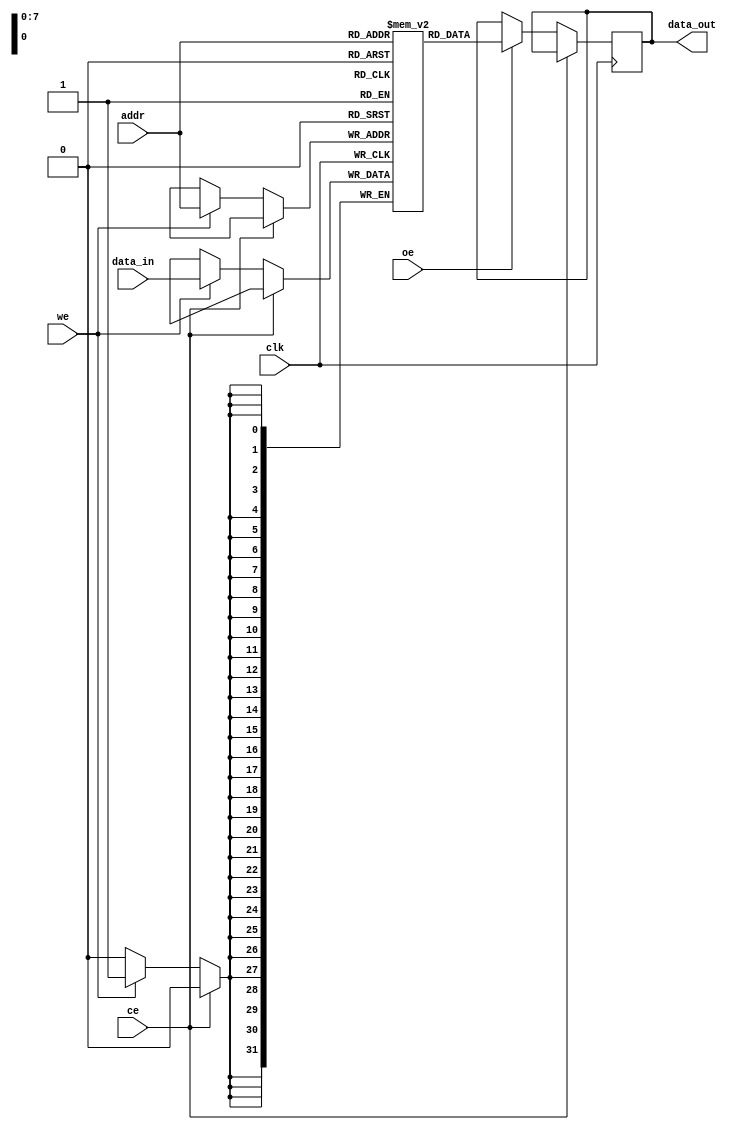
module TCSM #(
    parameter MEM_SIZE = 256, // Number of words
    parameter WORD_SIZE = 32   // Bits per word
)(
    input wire clk,            // Clock signal
    input wire ce,             // Chip Enable
    input wire we,             // Write Enable
    input wire oe,             // Output Enable
    input wire [7:0] addr,     // Address (byte addressable)
    input wire [WORD_SIZE-1:0] data_in, // Data input
    output reg [WORD_SIZE-1:0] data_out // Data output
);

// Memory array declaration
reg [WORD_SIZE-1:0] mem_array [0:MEM_SIZE-1];

// Read/Write operations
always @(posedge clk) begin
    if (!ce) begin
        if (we) begin // Write operation
            mem_array[addr] <= data_in; // Write data to memory
        end
        if (oe) begin // Read operation
            data_out <= mem_array[addr]; // Output data from memory
        end
    end
end

endmodule